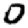
Digit: 0